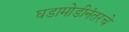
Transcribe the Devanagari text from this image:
घडामोडीनंतरचे